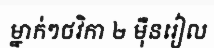
ម្នាក់ៗថវិកា ២ ម៉ឺនរៀល